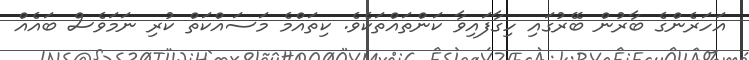
އަހަރެންގެ ބާރުން ބޭރުގައި ހިގާފައިވާ ކަންތައްތަކެވެ. ކިތައްމެ މަސައްކަތް ކުރި ނަމަވެސް ބައެއް